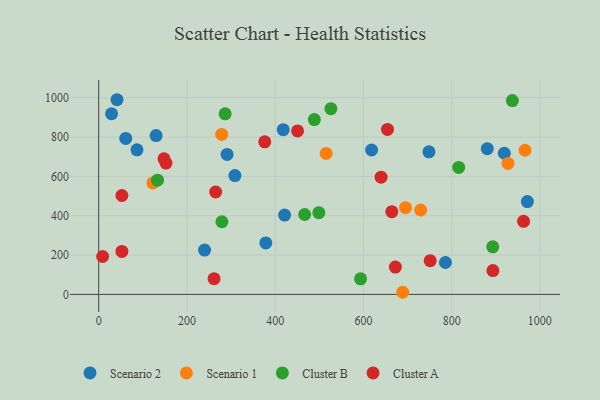
{"axis": {"x": "Study Hours", "y": "Sales"}, "legend": ["Cluster A", "Cluster B", "Scenario 1", "Scenario 2"], "data": [{"x": "378.8", "y": 261.9, "type": "Scenario 2"}, {"x": "618.6", "y": 734.3, "type": "Scenario 2"}, {"x": "785.9", "y": 162.3, "type": "Scenario 2"}, {"x": "86.8", "y": 735.2, "type": "Scenario 2"}, {"x": "240.0", "y": 225.3, "type": "Scenario 2"}, {"x": "308.8", "y": 604.3, "type": "Scenario 2"}, {"x": "41.5", "y": 989.9, "type": "Scenario 2"}, {"x": "291.0", "y": 711.9, "type": "Scenario 2"}, {"x": "919.4", "y": 717.7, "type": "Scenario 2"}, {"x": "418.3", "y": 837.5, "type": "Scenario 2"}, {"x": "130.1", "y": 807.5, "type": "Scenario 2"}, {"x": "971.7", "y": 471.9, "type": "Scenario 2"}, {"x": "421.4", "y": 403.4, "type": "Scenario 2"}, {"x": "29.2", "y": 918.6, "type": "Scenario 2"}, {"x": "748.6", "y": 725.1, "type": "Scenario 2"}, {"x": "880.8", "y": 740.9, "type": "Scenario 2"}, {"x": "61.3", "y": 792.9, "type": "Scenario 2"}, {"x": "122.8", "y": 566.9, "type": "Scenario 1"}, {"x": "729.8", "y": 429.1, "type": "Scenario 1"}, {"x": "966.4", "y": 733.1, "type": "Scenario 1"}, {"x": "695.5", "y": 440.9, "type": "Scenario 1"}, {"x": "689.1", "y": 10.8, "type": "Scenario 1"}, {"x": "278.8", "y": 813.6, "type": "Scenario 1"}, {"x": "515.6", "y": 716.7, "type": "Scenario 1"}, {"x": "927.8", "y": 665.9, "type": "Scenario 1"}, {"x": "286.6", "y": 918.0, "type": "Cluster B"}, {"x": "488.8", "y": 888.9, "type": "Cluster B"}, {"x": "816.1", "y": 645.7, "type": "Cluster B"}, {"x": "526.3", "y": 944.4, "type": "Cluster B"}, {"x": "466.9", "y": 406.2, "type": "Cluster B"}, {"x": "593.6", "y": 79.1, "type": "Cluster B"}, {"x": "279.3", "y": 369.4, "type": "Cluster B"}, {"x": "499.0", "y": 415.7, "type": "Cluster B"}, {"x": "893.2", "y": 241.8, "type": "Cluster B"}, {"x": "937.7", "y": 985.8, "type": "Cluster B"}, {"x": "133.3", "y": 580.8, "type": "Cluster B"}, {"x": "893.6", "y": 120.9, "type": "Cluster A"}, {"x": "8.9", "y": 192.7, "type": "Cluster A"}, {"x": "52.6", "y": 218.4, "type": "Cluster A"}, {"x": "261.5", "y": 80.1, "type": "Cluster A"}, {"x": "52.6", "y": 503.0, "type": "Cluster A"}, {"x": "963.1", "y": 371.4, "type": "Cluster A"}, {"x": "672.5", "y": 139.0, "type": "Cluster A"}, {"x": "654.6", "y": 839.1, "type": "Cluster A"}, {"x": "450.8", "y": 831.3, "type": "Cluster A"}, {"x": "376.4", "y": 775.8, "type": "Cluster A"}, {"x": "148.0", "y": 689.8, "type": "Cluster A"}, {"x": "640.1", "y": 595.9, "type": "Cluster A"}, {"x": "751.4", "y": 171.6, "type": "Cluster A"}, {"x": "265.2", "y": 520.8, "type": "Cluster A"}, {"x": "152.5", "y": 667.6, "type": "Cluster A"}, {"x": "664.4", "y": 420.5, "type": "Cluster A"}]}